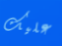
عليك